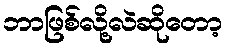
ဘာဖြစ်လို့လဲဆိုတော့